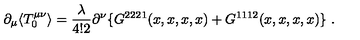
\partial _ { \mu } \langle T _ { 0 } ^ { \mu \nu } \rangle = \frac { \lambda } { 4 ! 2 } \partial ^ { \nu } \{ G ^ { 2 2 2 1 } ( x , x , x , x ) + G ^ { 1 1 1 2 } ( x , x , x , x ) \} \ .